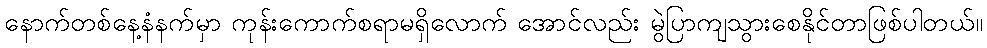
နောက်တစ်နေ့နံနက်မှာ ကုန်းကောက်စရာမရှိလောက် အောင်လည်း မွဲပြာကျသွားစေနိုင်တာဖြစ်ပါတယ်။